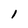
Character: 1